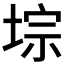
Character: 𫮁